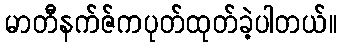
မာတီနက်ဇ်ကပုတ်ထုတ်ခဲ့ပါတယ်။